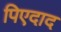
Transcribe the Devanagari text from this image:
पिएदाद